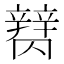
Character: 𰺪